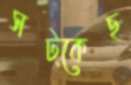
সট্‌কেছ